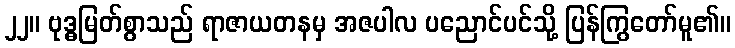
၂၂။ ဗုဒ္ဓမြတ်စွာသည် ရာဇာယတနမှ အဇပါလ ပညောင်ပင်သို့ ပြန်ကြွတော်မူ၏။